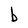
Character: b